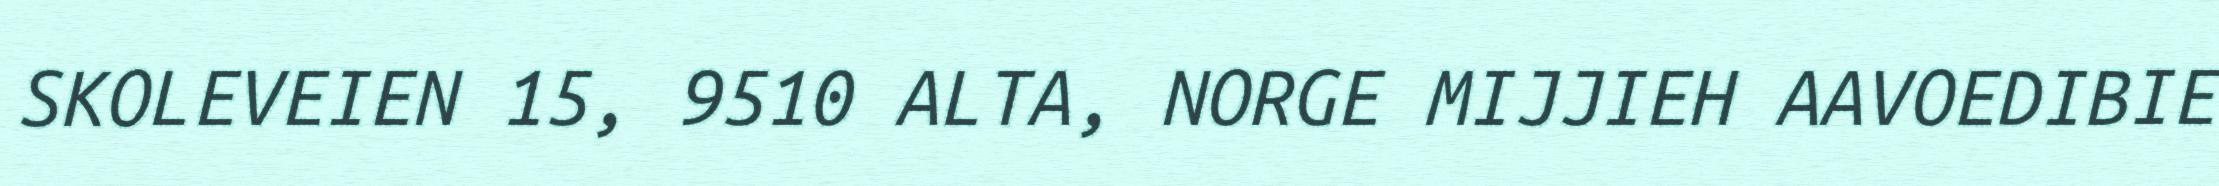
SKOLEVEIEN 15, 9510 ALTA, NORGE MIJJIEH AAVOEDIBIE